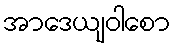
အာဒေယျဝါစော